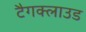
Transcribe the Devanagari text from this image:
टैगक्लाउड